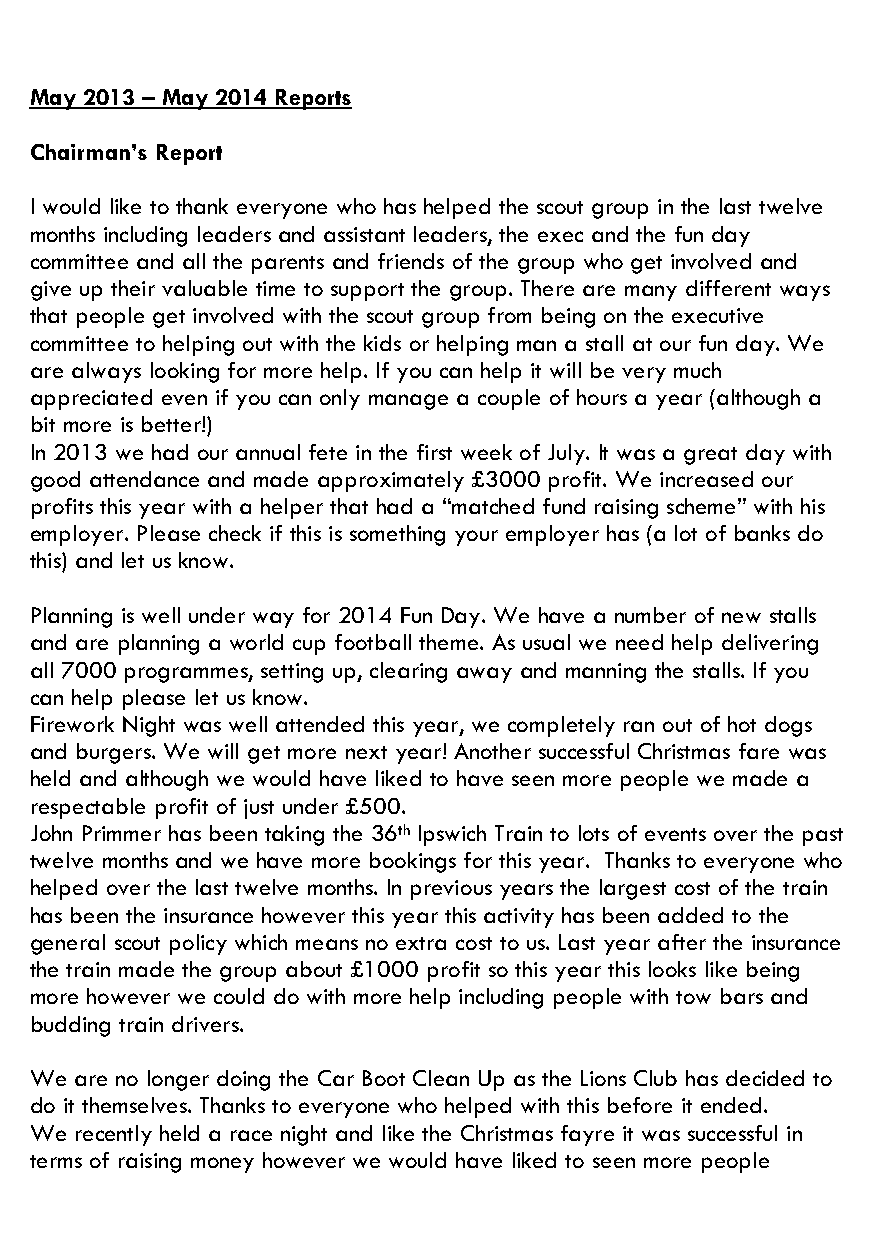
May 2013 – May 2014 Reports
 Chairman’s Report
 I would like to thank everyone who has helped the scout group in the last twelve
 months including leaders and assistant leaders, the exec and the fun day
 committee and all the parents and friends of the group who get involved and
 give up their valuable time to support the group. There are many different ways
 that people get involved with the scout group from being on the executive
 committee to helping out with the kids or helping man a stall at our fun day. We
 are always looking for more help. If you can help it will be very much
 appreciated even if you can only manage a couple of hours a year (although a
 bit more is better!)
 In 2013 we had our annual fete in the first week of July. It was a great day with
 good attendance and made approximately £3000 profit. We increased our
 profits this year with a helper that had a “matched fund raising scheme” with his
 employer. Please check if this is something your employer has (a lot of banks do
 this) and let us know.
 Planning is well under way for 2014 Fun Day. We have a number of new stalls
 and are planning a world cup football theme. As usual we need help delivering
 all 7000 programmes, setting up, clearing away and manning the stalls. If you
 can help please let us know.
 Firework Night was well attended this year, we completely ran out of hot dogs
 and burgers. We will get more next year! Another successful Christmas fare was
 held and although we would have liked to have seen more people we made a
 respectable profit of just under £500.
 John Primmer has been taking the 36th Ipswich Train to lots of events over the past
 twelve months and we have more bookings for this year. Thanks to everyone who
 helped over the last twelve months. In previous years the largest cost of the train
 has been the insurance however this year this activity has been added to the
 general scout policy which means no extra cost to us. Last year after the insurance
 the train made the group about £1000 profit so this year this looks like being
 more however we could do with more help including people with tow bars and
 budding train drivers.
 We are no longer doing the Car Boot Clean Up as the Lions Club has decided to
 do it themselves. Thanks to everyone who helped with this before it ended.
 We recently held a race night and like the Christmas fayre it was successful in
 terms of raising money however we would have liked to seen more people